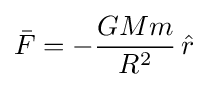
{\bar {F}}=-{\frac {GMm}{R^{2}}}\,{\hat {r}}